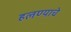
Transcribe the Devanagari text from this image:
हलण्याचे